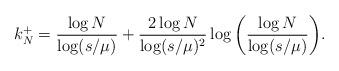
LaTeX: \begin{align*}k_N^+ = \frac{\log N}{\log(s/\mu)} + \frac{2 \log N}{\log(s/\mu)^2} \log \bigg( \frac{\log N}{\log(s/\mu)} \bigg).\end{align*}